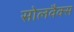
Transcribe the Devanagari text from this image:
सोलवैक्स